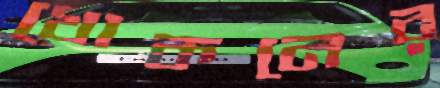
খোকনের